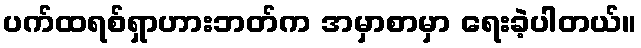
ပက်ထရစ်ရှာဟားဘတ်က အမှာစာမှာ ရေးခဲ့ပါတယ်။